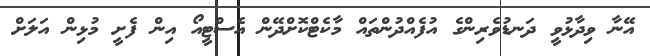
އޭނާ ވިދާޅުވީ ދަނޑުވެރިންގެ އުފެއްދުންތައް މާކެޓްކޮށްދޭން އެސްޓީއޯ އިން ފެށީ މުޅިން އަލަށް